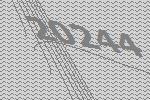
20244